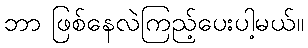
ဘာ ဖြစ်နေလဲကြည့်ပေးပါ့မယ်။